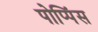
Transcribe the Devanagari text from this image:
पोप्पिंस